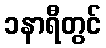
၁နာရီတွင်